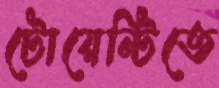
টোয়েন্টিতে